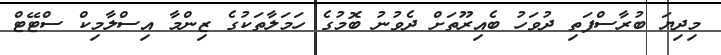
މިދިޔަ ބުރާސްފަތި ދުވަހު ބެއިރޫތަށް ދެވުނު ބޮމުގެ ހަމަލާތަކުގެ ޒިންމާ އިސްލާމިކް ސްޓޭޓް